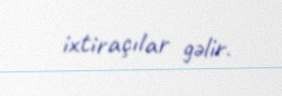
ixtiraçılar gəlir.